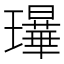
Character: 𰢗